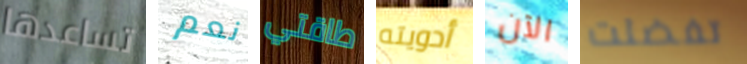
تساعدها نعم طاقتي أدويته الآن تفضلت